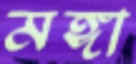
মঙ্গা